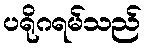
ပရိုဂရမ်သည်